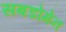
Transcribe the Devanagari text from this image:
सबडोमेन